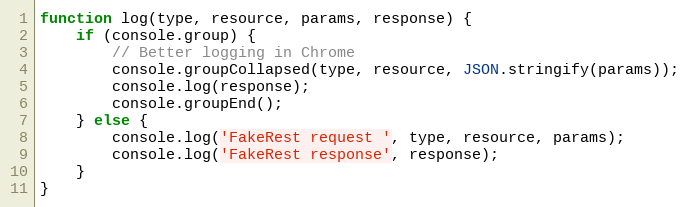
Language: JavaScript
function log(type, resource, params, response) {
    if (console.group) {
        // Better logging in Chrome
        console.groupCollapsed(type, resource, JSON.stringify(params));
        console.log(response);
        console.groupEnd();
    } else {
        console.log('FakeRest request ', type, resource, params);
        console.log('FakeRest response', response);
    }
}